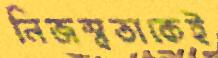
নিজস্বতাকেই